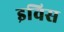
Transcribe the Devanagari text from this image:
इविस